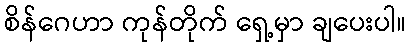
စိန်ဂေဟာ ကုန်တိုက် ရှေ့မှာ ချပေးပါ။